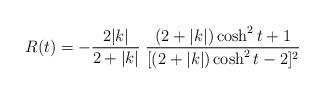
LaTeX: \begin{align*}R(t)=-\frac{2|k|}{2+|k|}\; \frac{(2+|k|)\cosh^2 t +1}{[(2+|k|)\cosh^2 t-2]^2}\end{align*}